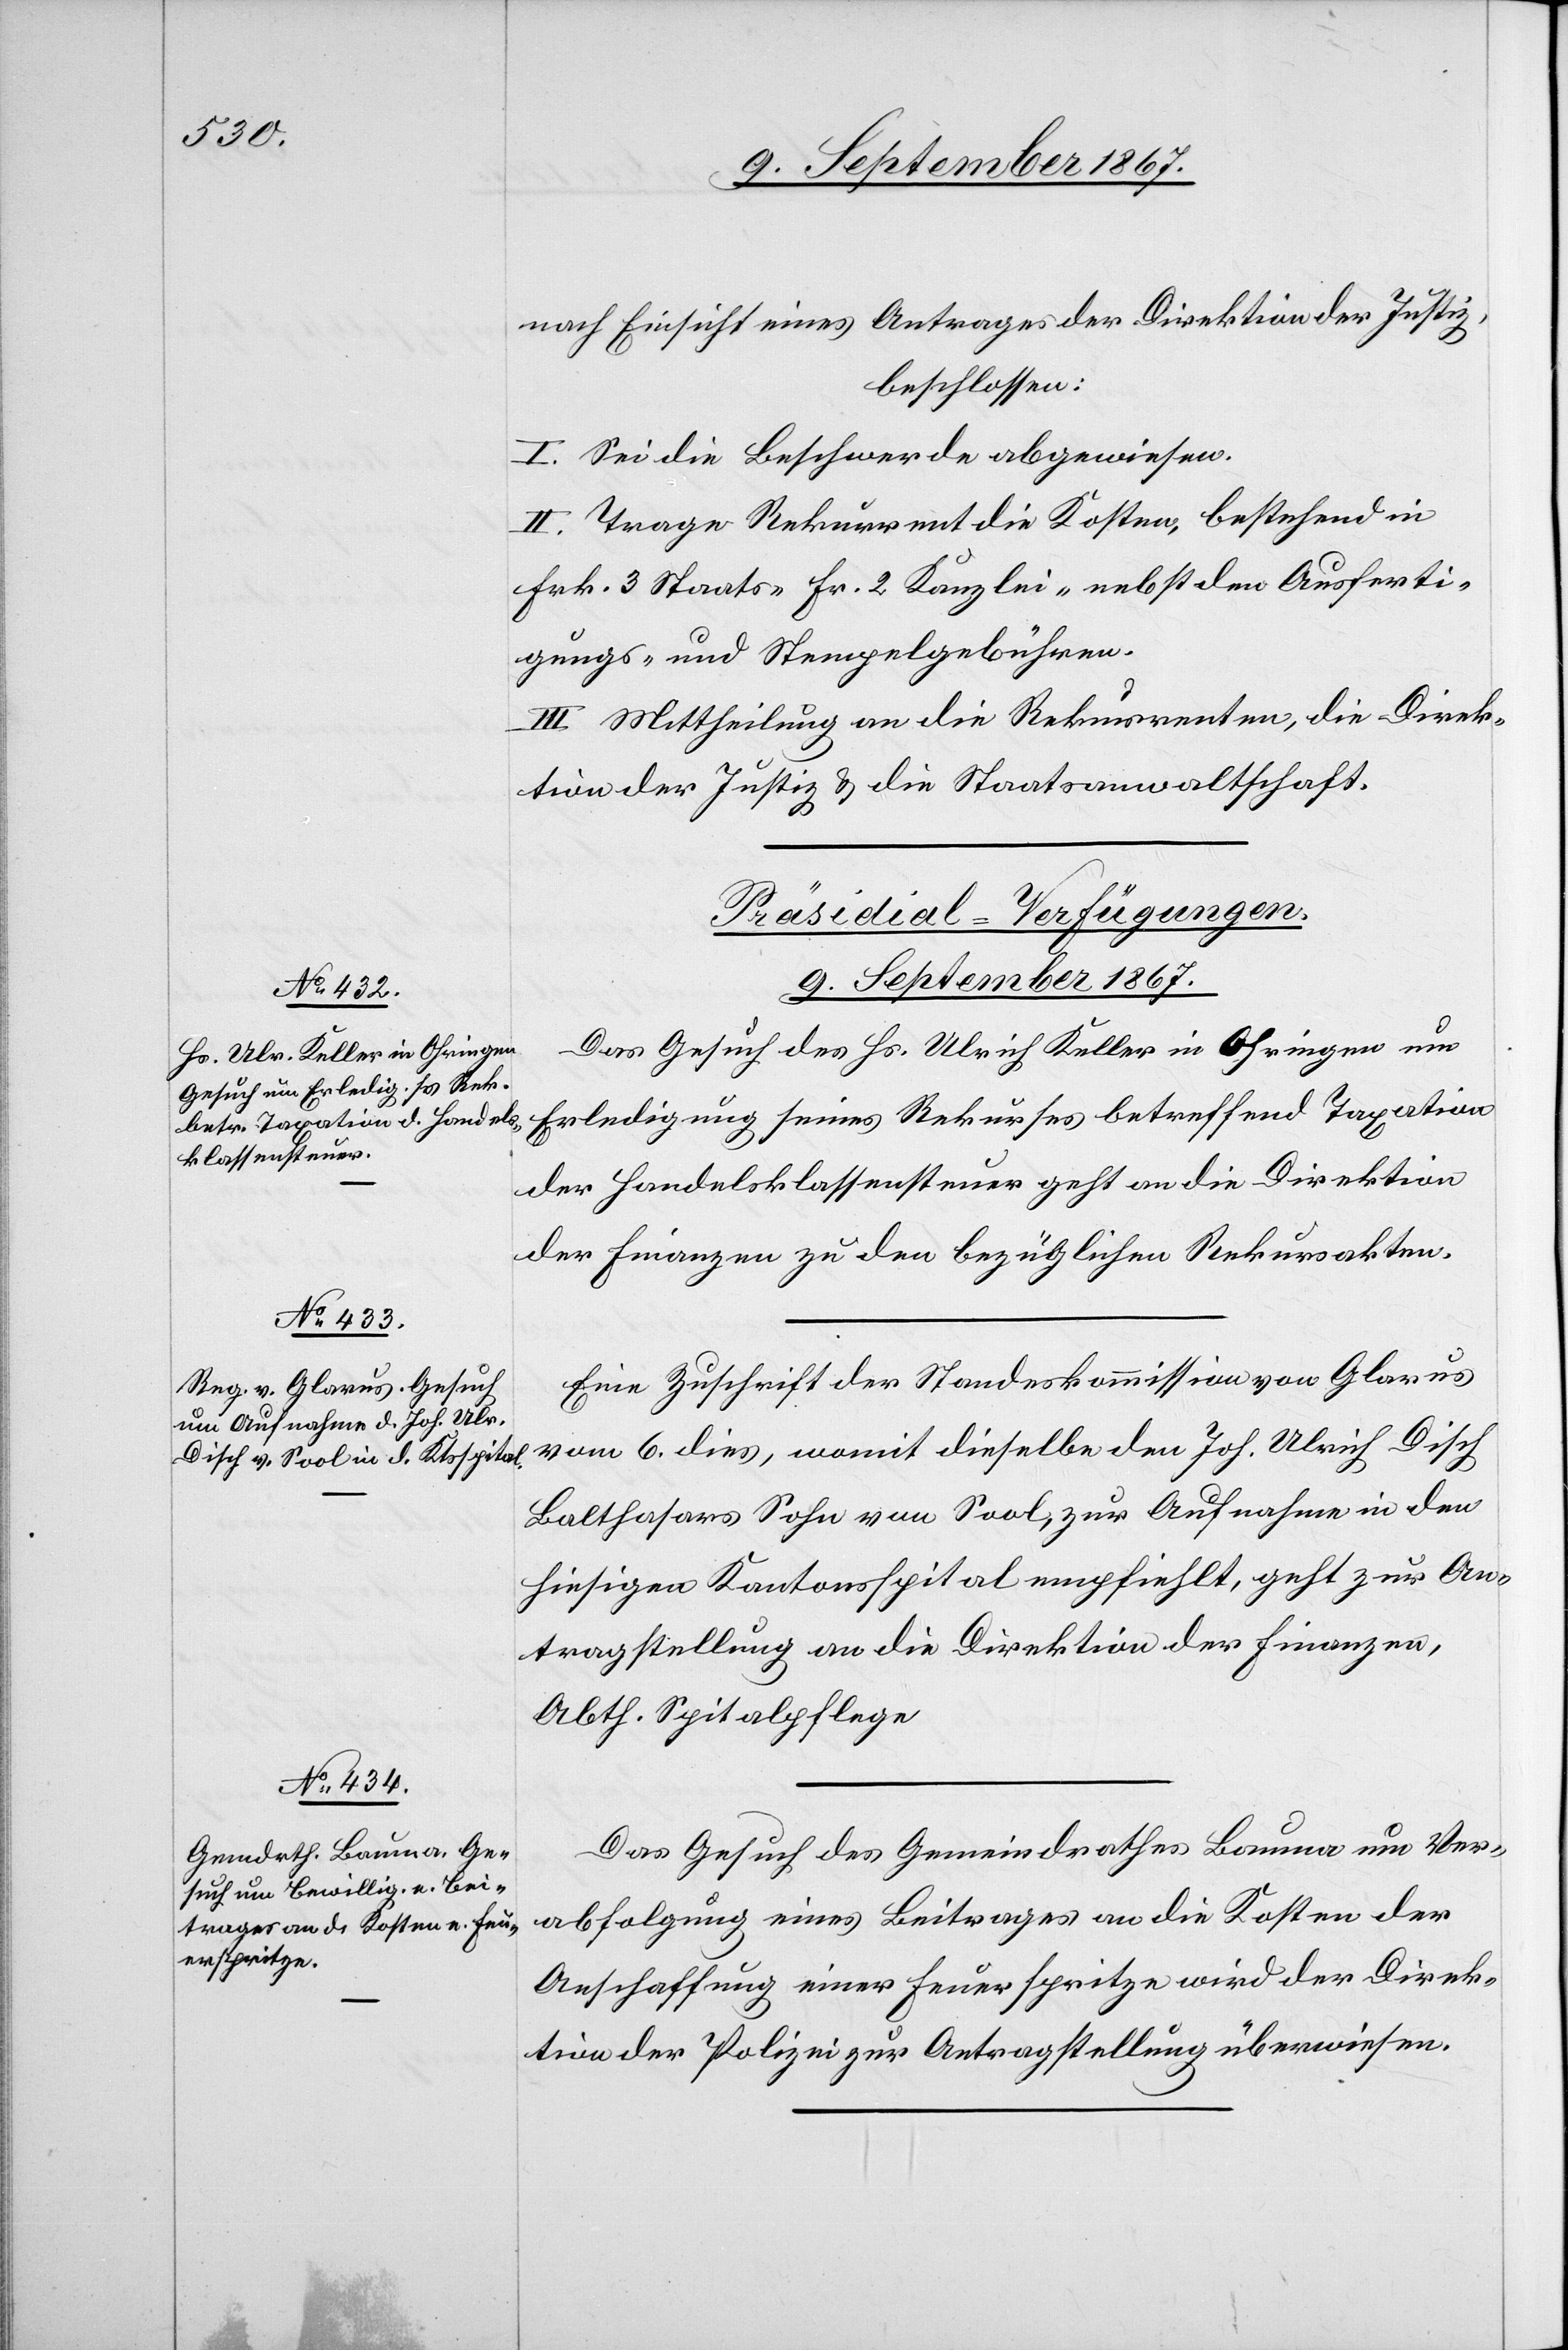
9. September 1867.]
nach Einsicht eines Antrages der Direktion der Justiz,
beschlossen:
I. Sei die Beschwerde angewiesen.
II. Trage Rekurrent die Kosten, bestehend in
Frk. 3 Staats-[,] Fr. 2 Kanzlei- nebst den Ausferti¬
gungs- und Stempelgebühren.
III. Mittheilung an die Rekurrenten, die Direk¬
tion der Justiz u. die Staatsanwaltschaft.
[Präsidial-Verfügungen.
Das Gesuch des Hs. Ulrich Keller in Ohringen um
Erledigung seines Rekurses betreffend Taxation
der Handelsklassensteuer, geht an die Direktion
der Finanzen zu den bezüglichen Rekursakten.
Eine Zuschrift der Standeskommission von Glarus
vom 6. dies, womit dieselbe den Joh. Ulrich Disch,
Balthasars Sohn von Sool, zur Aufnahme in den
hiesigen Kantonsspital empfiehlt, geht zur An¬
tragstellung an die Direktion der Finanzen,
Abth. Spitalpflege.
Das Gesuch des Gemeindrathes Bauma um Ver¬
abfolgung eines Beitrages an die Kosten der
Anschaffung einer Feuerspritze wird der Direk¬
tion der Polizei zur Antragstellung überwiesen.